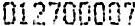
012700007